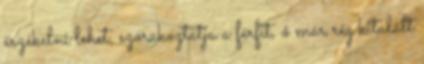
érzékelni lehet, szórakoztatja a férfit, ő már rég kitalált